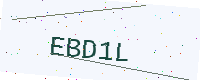
Text: EBD1L